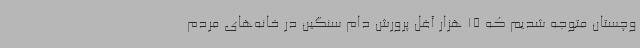
وچستان متوجه شدیم که 15 هزار آغل پرورش دام سنگین در خانه‌های مردم